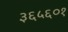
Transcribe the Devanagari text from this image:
३६५६०१